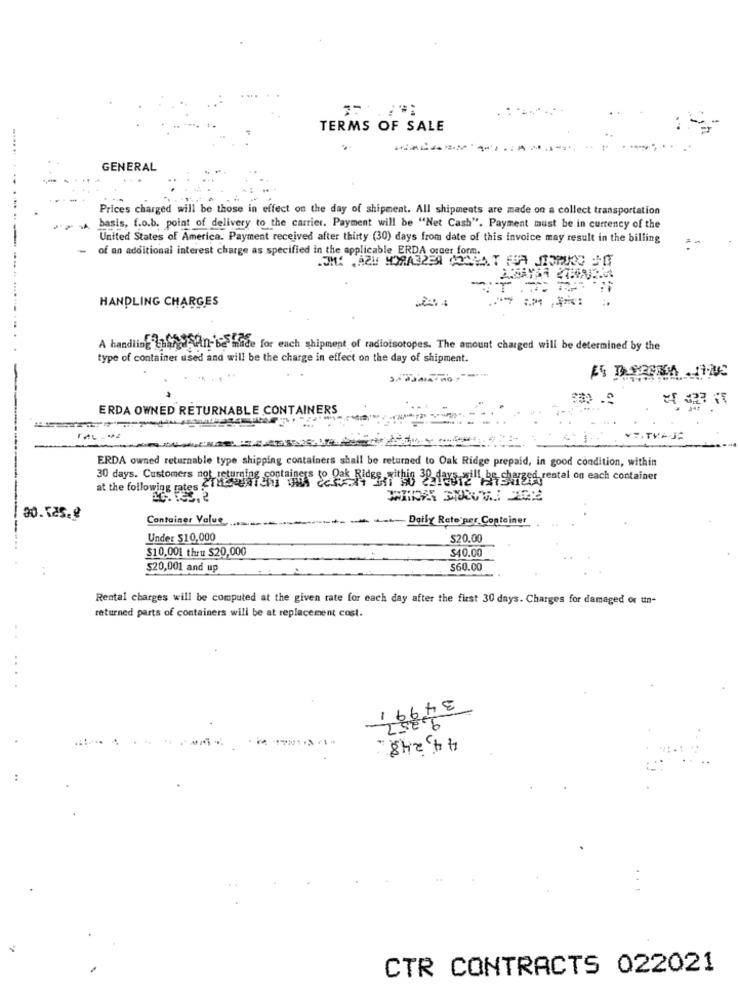
TERMS OF SALE
...... ..
GENERAL
. ... .
Prices charged will be those in effect on the day of shipment. All shipments are made on a collect transportation
basis, f.o.b. point of delivery to the carrier. Payment will be "Net Cash". Payment must be in currency of the
United States of America. Payment received after thirty (30) days from date of this invoice may result in the billing
- of an additional interest charge as specified in the applicable ERDA order form.
HANDLING CHARGES
A handling bhang win- be made for each shipment of radioisotopes. The amount charged will be determined by the
type of container used and will be the charge in effect on the day of shipment.
F5 D.92084 .120
ERDA OWNED RETURNABLE CONTAINERS
VRITVAJE
ERDA owned returnable type shipping containers shall be returned to Oak Ridge prepaid, in good condition, within
30 days. Customers not isturging containers fo oak Ridge
Rides,sithis 38 12/3,2i11 be charged, rental on each container
at the following rates
Container Value
Daily Rate per Container
Under $10,000
$20.00
$10,001 thru $20,000
$40.00
$20,001 and up
$60.00
Rental charges will be computed at the given rate for each day after the first 30 days. Charges for damaged or un-
returned parts of containers will be at replacement cost.
. .
..
-
OF
44, 248.
...
CTR CONTRACTS 022021